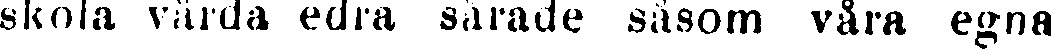
skola vårda edra sårade såsom våra egna